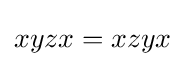
xyzx=xzyx